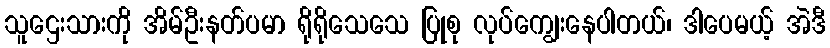
သူဌေးသားကို အိမ်ဦးနတ်ပမာ ရိုရိုသေသေ ပြုစု လုပ်ကျွေးနေပါတယ်၊ ဒါပေမယ့် အဲဒီ